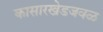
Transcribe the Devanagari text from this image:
कासारखेडजवळ